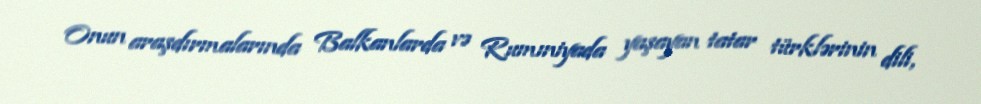
Onun araşdırmalarında Balkanlarda və Rumıniyada yaşayan tatar türklərinin dili,